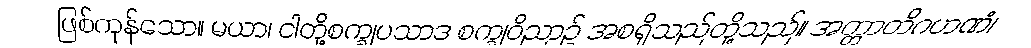
ဖြစ်ကုန်သော။ မယာ၊ ငါတို့စက္ခုပသာဒ စက္ခုဝိညာဉ် အစရှိသည်တို့သည်။ အတ္တာတိဂဟဏံ၊